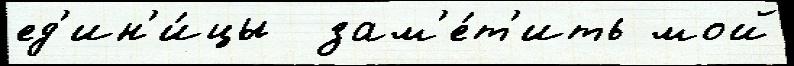
ед'ин'и́цы  зам'е́т'ить мой